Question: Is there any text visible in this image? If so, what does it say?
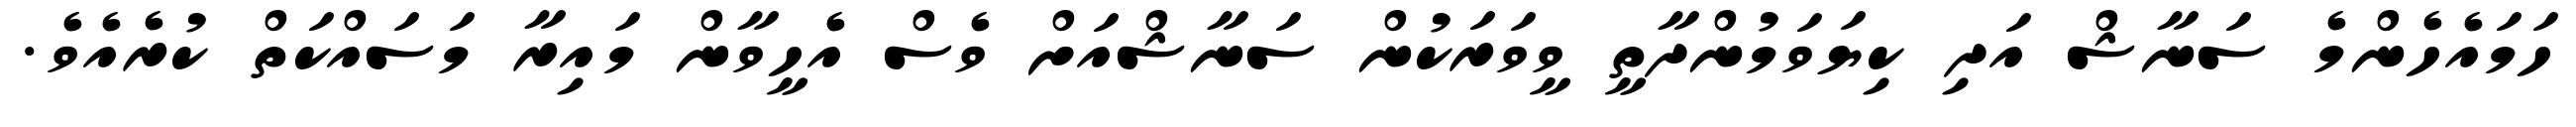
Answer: ހަމައެހެންމެ ސަނާޝް އަދި ކިޔަވަމުންދާތީ ވީވަރަކުން ސަނާޝްއަށް ވެސް އެހީވާން މައިރާ މަސައްކަތް ކުރެއެވެ.